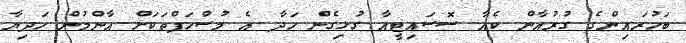
ބަހުރައިންގެ ގުރުއާން ކެއާ ސޮސައިޓީއާ ގުޅިގެން ހަދާ އެ މުސްހަފްތަކަށް އާންމުން ހަދިޔާ